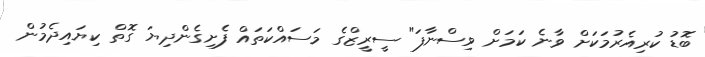
ބޮޑު ކުރިއެރުމަކަށް ވާނެ ކަމަށް ވިސްނާފަ" ސީރީޒްގެ މަސައްކަތައް ފެށިގެންދިޔަ ގޮތް ކިޔައިދެމުން